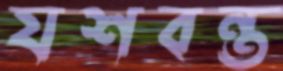
যশবন্ত